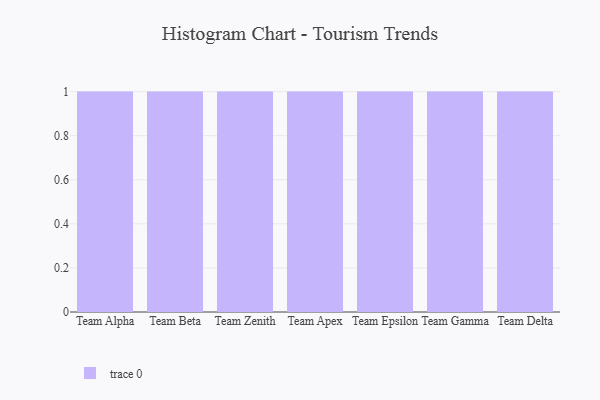
{"axis": {"x": "Team", "y": "Waste Production (Tons)"}, "legend": [""], "data": [{"x": "Team Alpha", "y": 7, "type": ""}, {"x": "Team Beta", "y": 52, "type": ""}, {"x": "Team Zenith", "y": 57, "type": ""}, {"x": "Team Apex", "y": 89, "type": ""}, {"x": "Team Epsilon", "y": 53, "type": ""}, {"x": "Team Gamma", "y": 61, "type": ""}, {"x": "Team Delta", "y": 3, "type": ""}]}